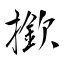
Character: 撳